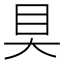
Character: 𰥍